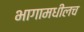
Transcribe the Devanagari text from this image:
भागामधीलच